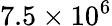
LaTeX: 7.5\times 10^{6}